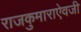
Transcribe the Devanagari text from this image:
राजकुमाराऐवजी